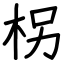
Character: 柺